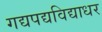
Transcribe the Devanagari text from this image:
गद्यपद्यविद्याधर